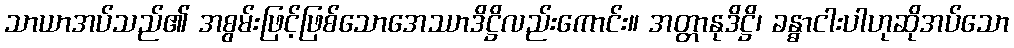
သာယာအပ်သည်၏ အစွမ်းဖြင့်ဖြစ်သောအေဿာဒိဋ္ဌိလည်းကောင်း။ အတ္တာနုဒိဋ္ဌိ၊ ခန္ဓာငါးပါဟုဆိုအပ်သော